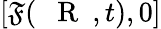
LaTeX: [{\cal\mathfrak{F}}(\mathrm{{~{~\mathbf{~}R~}~}},t),0]